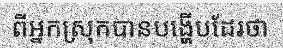
ពីអ្នកស្រុកបានបង្ហើបដែរថា